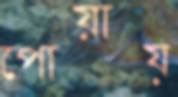
পোয়ায়